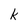
Character: k